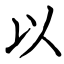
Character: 以